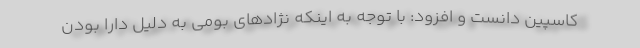
کاسپین دانست و افزود: با توجه به اینکه نژادهای بومی به دلیل دارا بودن